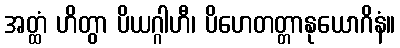
အတ္ထံ ဟိတွာ ပိယဂ္ဂါဟီ၊ ပိဟေတတ္တာနုယောဂိနံ။